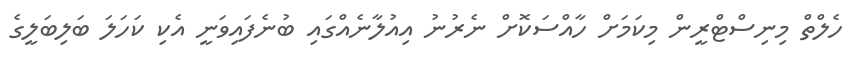
ހެލްތް މިނިސްޓްރީން މިކަމަށް ހާއްސަކޮށް ނެރުނު އިއުލާނެއްގައި ބުނެފައިވަނީ އެކި ކަހަލަ ބަލިބަލީގެ